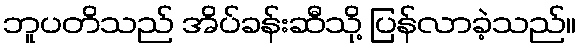
ဘူပတိသည် အိပ်ခန်းဆီသို့ ပြန်လာခဲ့သည်။